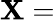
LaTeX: \mathbf{X}=